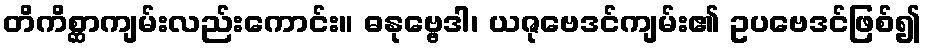
တိကိစ္ဆာကျမ်းလည်းကောင်း။ ဓနုဗ္ဗေဒါ၊ ယဇုဗေဒင်ကျမ်း၏ ဥပဗေဒင်ဖြစ်၍